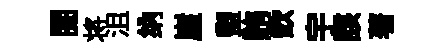
閱将沮纳崖盥賄欽宇該著